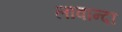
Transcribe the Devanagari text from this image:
लावान्दा